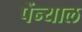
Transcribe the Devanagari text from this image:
पेंन्याल